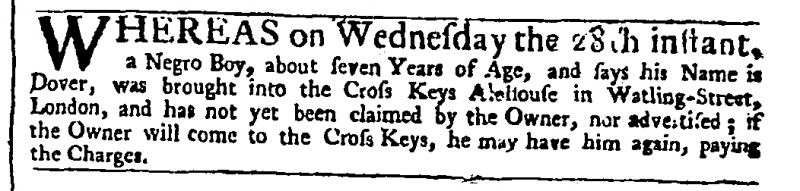
Daily Advertiser, 31 December 1743 (England)
WHEREAS on Wednesday the 28th instant, a Negro Boy, about seven Years of Age, and says his Name is Dover, was brought into the Cross Keys Alehouse in Watling-Street, London, and has not yet been claimed by the Owner, nor advertised; if the Owner will come to the Cross Keys, he may have him again, paying the Charges.